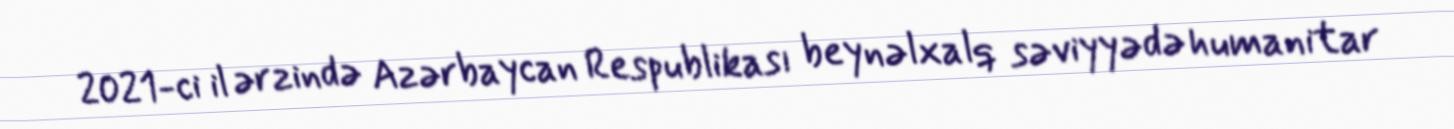
2021-ci il ərzində Azərbaycan Respublikası beynəlxalq səviyyədə humanitar